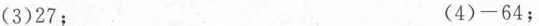
(3)27； (4)-64；